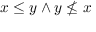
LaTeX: x \leq y \land y \nleq x